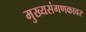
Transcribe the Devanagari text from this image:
मुख्यसंगणकावर